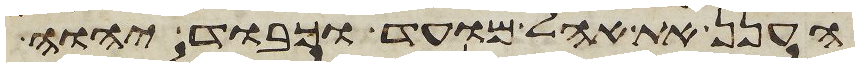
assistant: הענן את אהל מועד וכבוד יהוה